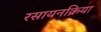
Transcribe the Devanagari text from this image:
रसायनक्रिया